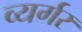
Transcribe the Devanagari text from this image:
व्यर्गर